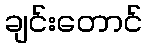
ချင်းတောင်